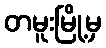
တမူးမြို့မှ